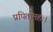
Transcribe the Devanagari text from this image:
प्रपितामहः।